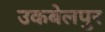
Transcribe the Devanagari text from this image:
उकबेलपुर